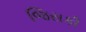
જિસકી